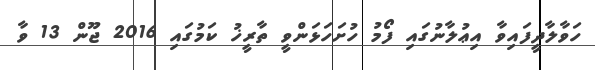
ހަވާލާދީފައިވާ އިޢުލާނުގައި ފޯމު ހުށަހަޅަންވީ ތާރީޚު ކަމުގައި 2016 ޖޫން 13 ވާ